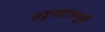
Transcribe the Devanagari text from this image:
उद्‌घाटनापूर्वी